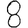
Digit: 8